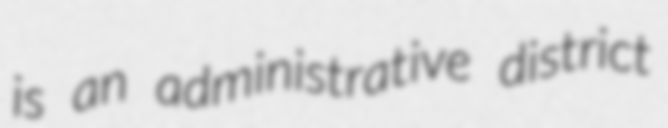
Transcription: is an administrative district